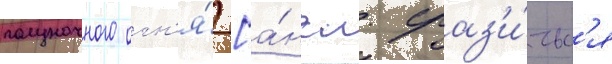
полуночного огн'я́ [а́нгл. сраз'и́тьс'я